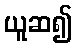
ယူဆ၍